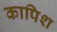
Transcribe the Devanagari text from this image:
कापिश